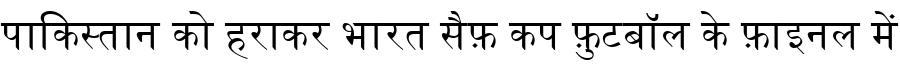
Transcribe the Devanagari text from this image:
पाकिस्तान को हराकर भारत सैफ़ कप फ़ुटबॉल के फ़ाइनल में